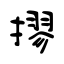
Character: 摎